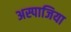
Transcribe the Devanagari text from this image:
अस्पाजिया